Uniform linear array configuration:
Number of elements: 24
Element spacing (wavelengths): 1
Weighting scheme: exponential
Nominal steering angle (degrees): -60
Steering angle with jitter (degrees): -58.802
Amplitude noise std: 0.05
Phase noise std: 0.05

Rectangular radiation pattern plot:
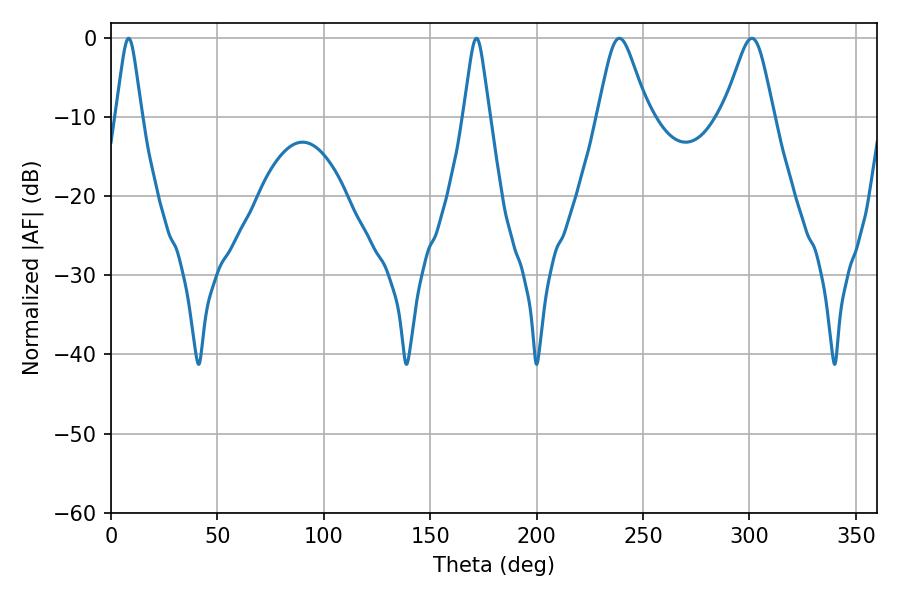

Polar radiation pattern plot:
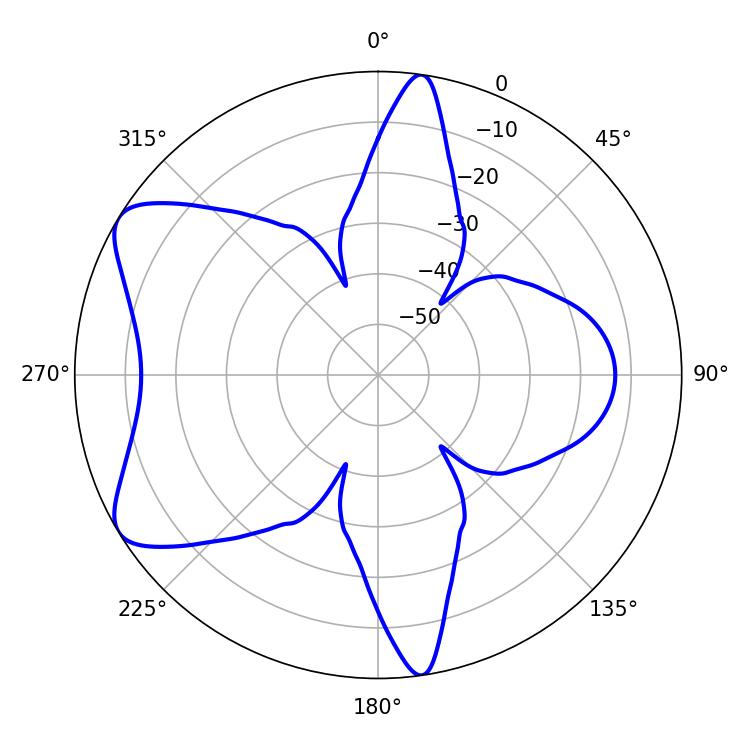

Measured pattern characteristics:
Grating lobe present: TRUE
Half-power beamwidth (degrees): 5.76
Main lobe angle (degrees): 8.28